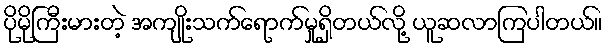
ပိုမိုကြီးမားတဲ့ အကျိုးသက်ရောက်မှုရှိတယ်လို့ ယူဆလာကြပါတယ်။